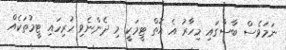
ނަމަވެސް ބާސާގައި މިހާރު އެ އޮތް ޓީމަކީ މި ދެންނެވި ހުރިހައި ޓީމުތަކެއް